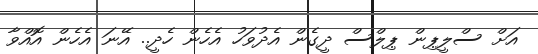
އަށް ސްލީޕިން ޕިލްސް ދީގެން އެދުވަހު އެހެން ހެދީ.. އޭނަ އެހެން އޮއްވާ